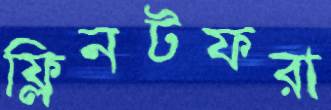
ফ্লিনটফরা